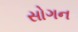
સોગન